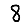
Digit: 8